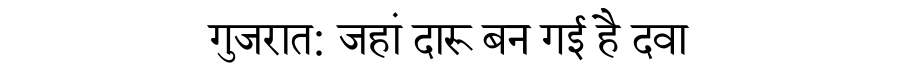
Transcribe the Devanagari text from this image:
गुजरात: जहां दारू बन गई है दवा